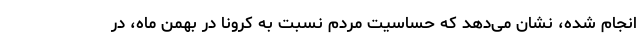
انجام شده، نشان می‌دهد که حساسیت مردم نسبت به کرونا در بهمن ماه، در